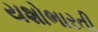
યશોભારતી